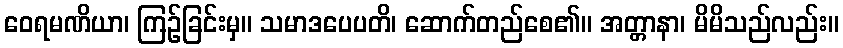
ဝေရမဏိယာ၊ ကြဉ်ခြင်းမှ။ သမာဒပေပတိ၊ ဆောက်တည်စေ၏။ အတ္တာနာ၊ မိမိသည်လည်း။